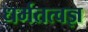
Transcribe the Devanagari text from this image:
धर्मतत्वज्ञ